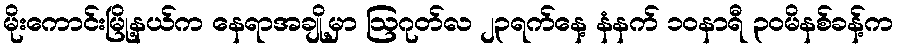
မိုးကောင်းမြို့နယ်က နေရာအချို့မှာ ဩဂုတ်လ ၂၃ရက်နေ့ နံနက် ၁၀နာရီ ၃၀မိနစ်ခန့်က